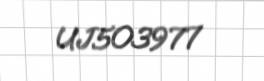
UJ503977